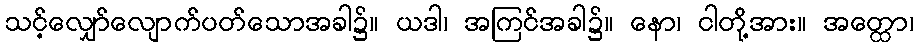
သင့်လျှော်လျောက်ပတ်သောအခါ၌။ ယဒါ၊ အကြင်အခါ၌။ နော၊ ငါတို့အား။ အတ္ထော၊